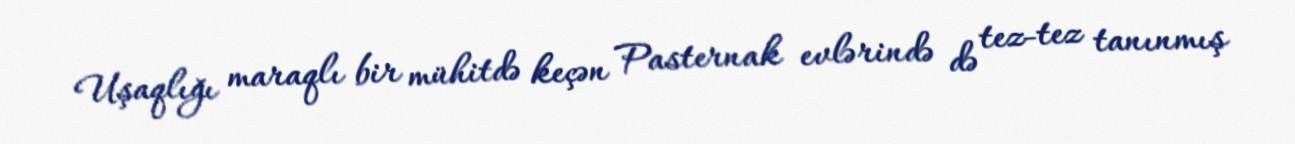
Uşaqlığı maraqlı bir mühitdə keçən Pasternak evlərində də tez-tez tanınmış